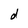
Character: d